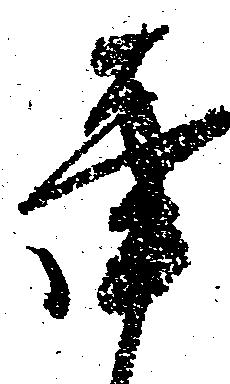
辛